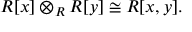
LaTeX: R [ x ] \otimes _ { R } R [ y ] \cong R [ x , y ] .